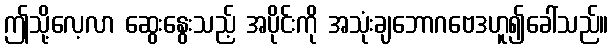
ဤသို့လေ့လာ ဆွေးနွေးသည့် အပိုင်းကို အသုံးချဘောဂဗေဒဟူ၍ခေါ်သည်။